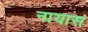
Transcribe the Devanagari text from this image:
नायास